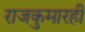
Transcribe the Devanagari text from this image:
राजकुमारही